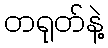
တရုတ်နဲ့